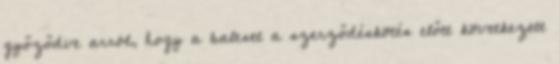
győződve arról, hogy a baleset a szerződéskötés előtt következett